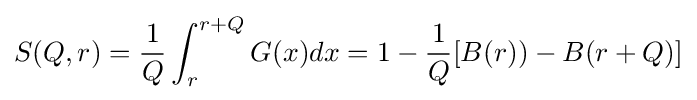
S(Q,r)={\frac {1}{Q}}\int _{r}^{r+Q}G(x)dx=1-{\frac {1}{Q}}[B(r))-B(r+Q)]